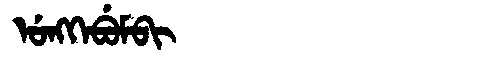
Manchu: ᡠᠩᡴᡝᠪᡠᠮᠪᡳ
Romanization: UNGKEBUMBI